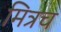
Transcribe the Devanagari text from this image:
मित्रच